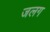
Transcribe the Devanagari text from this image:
जलग